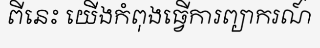
ពីនេះ យើងកំពុងធ្វើការព្យាករណ៍